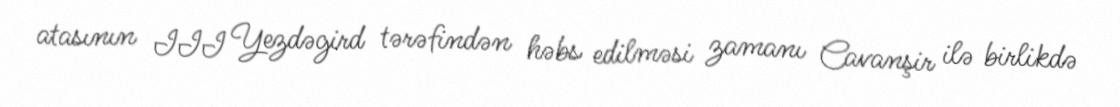
atasının III Yezdəgird tərəfindən həbs edilməsi zamanı Cavanşir ilə birlikdə